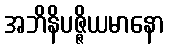
အဘိနိပဇ္ဇိယမာနော